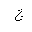
Letter: _gim